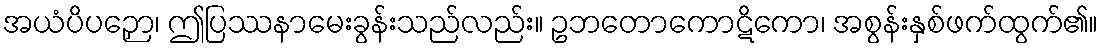
အယံပိပဉှော၊ ဤပြဿနာမေးခွန်းသည်လည်း။ ဥဘတောကောဋိကော၊ အစွန်းနှစ်ဖက်ထွက်၏။